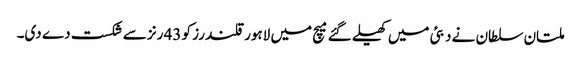
ملتان سلطان نے دبئی میں کھیلے گئے میچ میں لاہور قلندرز کو 43 رنز سے شکست دے دی۔